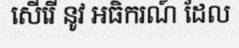
សើរើ នូវ អធិករណ៍ ដែល